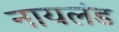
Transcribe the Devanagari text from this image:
नायलंड